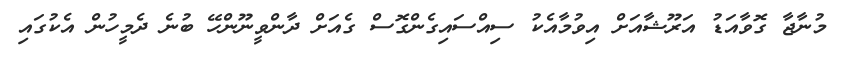
މުނާޖާ ގޮވާއަޑު އަރޫޝާއަށް އިވުމާއެކު ސިއްސައިގެންގޮސް ގެއަށް ދާންވީނޫންހޭ ބުނެ ދެމީހުން އެކުގައި